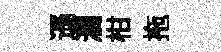
遜濶柑拖